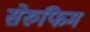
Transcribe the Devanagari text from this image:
सेरुफिम